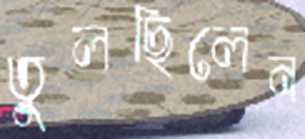
তুলছিলেন